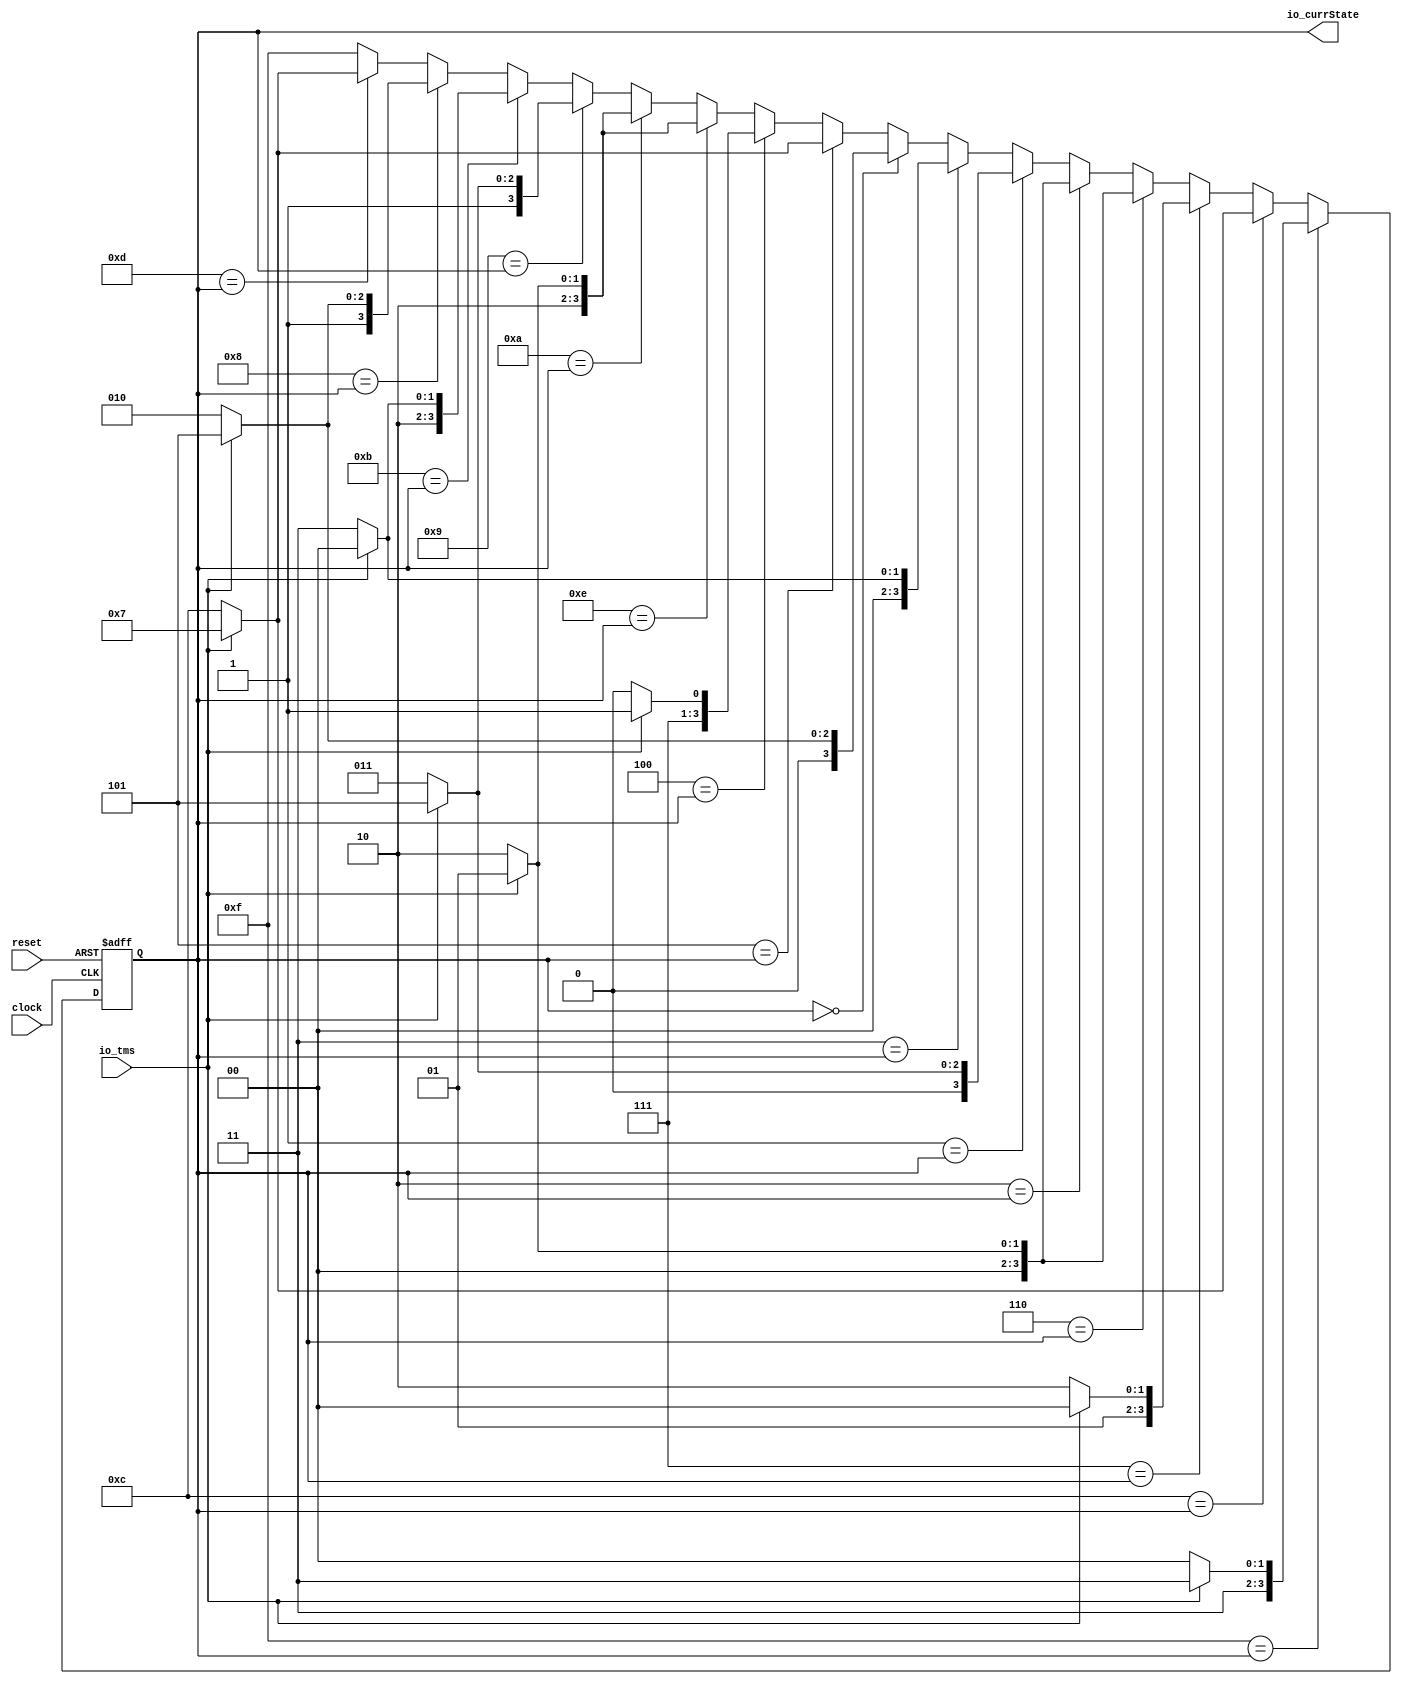
module JtagStateMachine(
  input        clock,
  input        reset,
  input        io_tms,
  output [3:0] io_currState
);
`ifdef RANDOMIZE_REG_INIT
  reg [31:0] _RAND_0;
`endif // RANDOMIZE_REG_INIT
  reg [3:0] currState; // @[JtagStateMachine.scala 78:26]
  wire  _T = 4'hf == currState; // @[Conditional.scala 37:30]
  wire  _T_1 = 4'hc == currState; // @[Conditional.scala 37:30]
  wire [3:0] _nextState_T_1 = io_tms ? 4'h7 : 4'hc; // @[JtagStateMachine.scala 85:23]
  wire  _T_2 = 4'h7 == currState; // @[Conditional.scala 37:30]
  wire  _T_3 = 4'h6 == currState; // @[Conditional.scala 37:30]
  wire [3:0] _nextState_T_3 = io_tms ? 4'h1 : 4'h2; // @[JtagStateMachine.scala 91:23]
  wire  _T_4 = 4'h2 == currState; // @[Conditional.scala 37:30]
  wire  _T_5 = 4'h1 == currState; // @[Conditional.scala 37:30]
  wire [3:0] _nextState_T_5 = io_tms ? 4'h5 : 4'h3; // @[JtagStateMachine.scala 97:23]
  wire  _T_6 = 4'h3 == currState; // @[Conditional.scala 37:30]
  wire [3:0] _nextState_T_6 = io_tms ? 4'h0 : 4'h3; // @[JtagStateMachine.scala 100:23]
  wire  _T_7 = 4'h0 == currState; // @[Conditional.scala 37:30]
  wire [3:0] _nextState_T_7 = io_tms ? 4'h5 : 4'h2; // @[JtagStateMachine.scala 103:23]
  wire  _T_8 = 4'h5 == currState; // @[Conditional.scala 37:30]
  wire  _T_9 = 4'h4 == currState; // @[Conditional.scala 37:30]
  wire [3:0] _nextState_T_9 = io_tms ? 4'hf : 4'he; // @[JtagStateMachine.scala 109:23]
  wire  _T_10 = 4'he == currState; // @[Conditional.scala 37:30]
  wire [3:0] _nextState_T_10 = io_tms ? 4'h9 : 4'ha; // @[JtagStateMachine.scala 112:23]
  wire  _T_11 = 4'ha == currState; // @[Conditional.scala 37:30]
  wire  _T_12 = 4'h9 == currState; // @[Conditional.scala 37:30]
  wire [3:0] _nextState_T_12 = io_tms ? 4'hd : 4'hb; // @[JtagStateMachine.scala 118:23]
  wire  _T_13 = 4'hb == currState; // @[Conditional.scala 37:30]
  wire [3:0] _nextState_T_13 = io_tms ? 4'h8 : 4'hb; // @[JtagStateMachine.scala 121:23]
  wire  _T_14 = 4'h8 == currState; // @[Conditional.scala 37:30]
  wire [3:0] _nextState_T_14 = io_tms ? 4'hd : 4'ha; // @[JtagStateMachine.scala 124:23]
  wire  _T_15 = 4'hd == currState; // @[Conditional.scala 37:30]
  wire [3:0] _GEN_0 = _T_15 ? _nextState_T_1 : 4'hf; // @[Conditional.scala 39:67 JtagStateMachine.scala 127:17]
  wire [3:0] _GEN_1 = _T_14 ? _nextState_T_14 : _GEN_0; // @[Conditional.scala 39:67 JtagStateMachine.scala 124:17]
  wire [3:0] _GEN_2 = _T_13 ? _nextState_T_13 : _GEN_1; // @[Conditional.scala 39:67 JtagStateMachine.scala 121:17]
  wire [3:0] _GEN_3 = _T_12 ? _nextState_T_12 : _GEN_2; // @[Conditional.scala 39:67 JtagStateMachine.scala 118:17]
  wire [3:0] _GEN_4 = _T_11 ? _nextState_T_10 : _GEN_3; // @[Conditional.scala 39:67 JtagStateMachine.scala 115:17]
  wire [3:0] _GEN_5 = _T_10 ? _nextState_T_10 : _GEN_4; // @[Conditional.scala 39:67 JtagStateMachine.scala 112:17]
  wire [3:0] _GEN_6 = _T_9 ? _nextState_T_9 : _GEN_5; // @[Conditional.scala 39:67 JtagStateMachine.scala 109:17]
  wire [3:0] _GEN_7 = _T_8 ? _nextState_T_1 : _GEN_6; // @[Conditional.scala 39:67 JtagStateMachine.scala 106:17]
  wire [3:0] _GEN_8 = _T_7 ? _nextState_T_7 : _GEN_7; // @[Conditional.scala 39:67 JtagStateMachine.scala 103:17]
  wire [3:0] _GEN_9 = _T_6 ? _nextState_T_6 : _GEN_8; // @[Conditional.scala 39:67 JtagStateMachine.scala 100:17]
  wire [3:0] _GEN_10 = _T_5 ? _nextState_T_5 : _GEN_9; // @[Conditional.scala 39:67 JtagStateMachine.scala 97:17]
  wire [3:0] _GEN_11 = _T_4 ? _nextState_T_3 : _GEN_10; // @[Conditional.scala 39:67 JtagStateMachine.scala 94:17]
  assign io_currState = currState; // @[JtagStateMachine.scala 131:16]
  always @(posedge clock or posedge reset) begin
    if (reset) begin
      currState <= 4'hf;
    end else if (_T) begin
      if (io_tms) begin
        currState <= 4'hf;
      end else begin
        currState <= 4'hc;
      end
    end else if (_T_1) begin
      if (io_tms) begin
        currState <= 4'h7;
      end else begin
        currState <= 4'hc;
      end
    end else if (_T_2) begin
      if (io_tms) begin
        currState <= 4'h4;
      end else begin
        currState <= 4'h6;
      end
    end else if (_T_3) begin
      currState <= _nextState_T_3;
    end else begin
      currState <= _GEN_11;
    end
  end
// Register and memory initialization
`ifdef RANDOMIZE_GARBAGE_ASSIGN
`define RANDOMIZE
`endif
`ifdef RANDOMIZE_INVALID_ASSIGN
`define RANDOMIZE
`endif
`ifdef RANDOMIZE_REG_INIT
`define RANDOMIZE
`endif
`ifdef RANDOMIZE_MEM_INIT
`define RANDOMIZE
`endif
`ifndef RANDOM
`define RANDOM $random
`endif
`ifdef RANDOMIZE_MEM_INIT
  integer initvar;
`endif
`ifndef SYNTHESIS
`ifdef FIRRTL_BEFORE_INITIAL
`FIRRTL_BEFORE_INITIAL
`endif
initial begin
  `ifdef RANDOMIZE
    `ifdef INIT_RANDOM
      `INIT_RANDOM
    `endif
    `ifndef VERILATOR
      `ifdef RANDOMIZE_DELAY
        #`RANDOMIZE_DELAY begin end
      `else
        #0.002 begin end
      `endif
    `endif
`ifdef RANDOMIZE_REG_INIT
  _RAND_0 = {1{`RANDOM}};
  currState = _RAND_0[3:0];
`endif // RANDOMIZE_REG_INIT
  if (reset) begin
    currState = 4'hf;
  end
  `endif // RANDOMIZE
end // initial
`ifdef FIRRTL_AFTER_INITIAL
`FIRRTL_AFTER_INITIAL
`endif
`endif // SYNTHESIS
endmodule